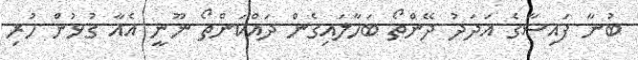
ބުނާ ފައިސާގެ އަދަދު ދޭންތޯ ބަހާލައިގެން ދައްކަންތޯ ނޫނީ އެއާ ގުޅުން ހުރި